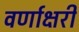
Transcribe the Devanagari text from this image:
वर्णाक्षरी